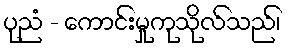
ပုညံ - ကောင်းမှုကုသိုလ်သည်၊